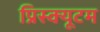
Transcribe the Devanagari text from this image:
प्रिस्क्यूटम